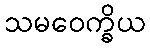
သမဝေက္ခိယ